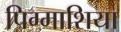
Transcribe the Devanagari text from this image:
पिग्माशिया